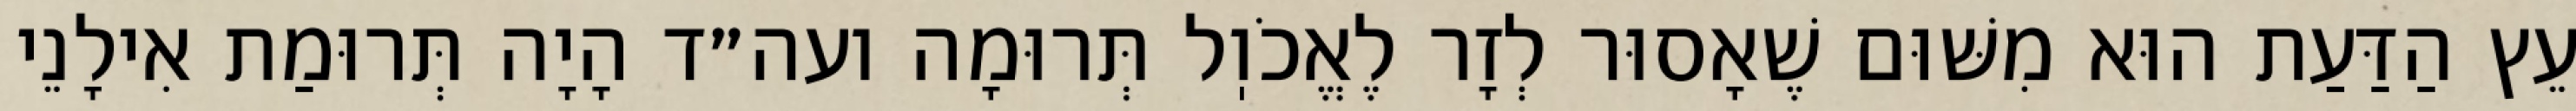
עֵץ הַדַּעַת הוּא מִשּׁוּם שֶׁאָסוּר לְזָר לֶאֱכֹוֽל תְּרוּמָה ועה״ד הָיָה תְּרוּמַת אִילָנֵי